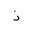
Letter: _thal